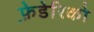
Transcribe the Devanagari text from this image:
फ़े़डेरिको